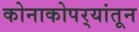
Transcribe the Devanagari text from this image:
कोनाकोपर्‍यांतून